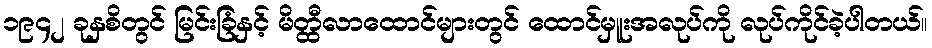
၁၉၄၂ ခုနှစိတွင် မြင်းခြံနှင့် မိတ္ထီလာထောင်များတွင် ထောင်မှူးအလုပ်ကို လုပ်ကိုင်ခဲ့ပါတယ်။